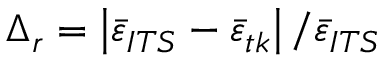
\Delta _ { r } = \left| \bar { \varepsilon } _ { I T S } - \bar { \varepsilon } _ { t k } \right| / \bar { \varepsilon } _ { I T S }